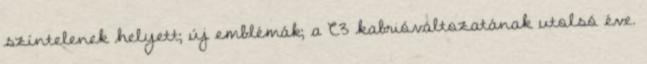
színtelenek helyett; új emblémák; a C3 kabrióváltozatának utolsó éve.